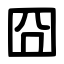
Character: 囧